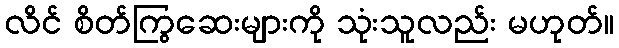
လိင် စိတ်ကြွဆေးများကို သုံးသူလည်း မဟုတ်။